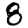
Digit: 8